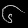
Digit: ၆